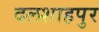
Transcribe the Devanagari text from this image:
दलशाहपुर